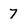
Character: 7